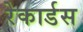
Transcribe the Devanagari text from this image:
रेकार्डस